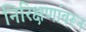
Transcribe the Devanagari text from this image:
निरिक्षणांवरून